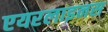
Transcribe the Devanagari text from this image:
एयरलाइनस